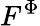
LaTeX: F^{\Phi}